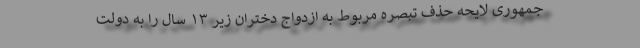
جمهوری لایحه حذف تبصره مربوط به ازدواج دختران زیر ۱۳ سال را به دولت